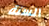
السنة